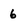
Character: 6